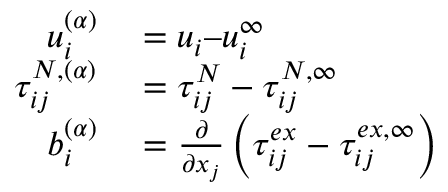
\begin{array} { r l } { u _ { i } ^ { ( \alpha ) } } & { { } = u _ { i } – u _ { i } ^ { \infty } } \\ { \tau _ { i j } ^ { N , ( \alpha ) } } & { { } = \tau _ { i j } ^ { N } - \tau _ { i j } ^ { N , \infty } } \\ { b _ { i } ^ { ( \alpha ) } } & { { } = \frac { \partial } { \partial x _ { j } } \left( \tau _ { i j } ^ { e x } - \tau _ { i j } ^ { e x , \infty } \right) } \end{array}